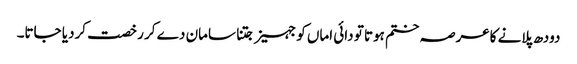
دودھ پلانے کاعرصہ ختم ہوتا تو دائی اماں کو جہیز جتنا سامان دے کر رخصت کردیا جاتا۔